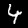
Digit: 4